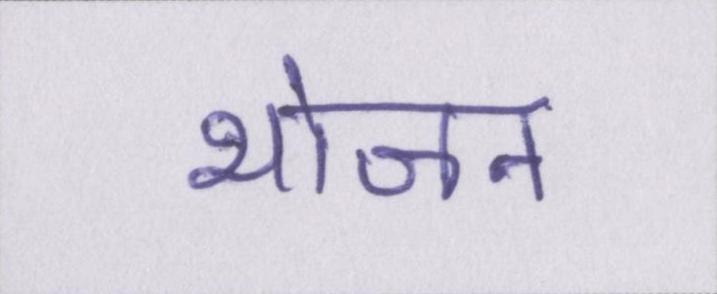
भोजन